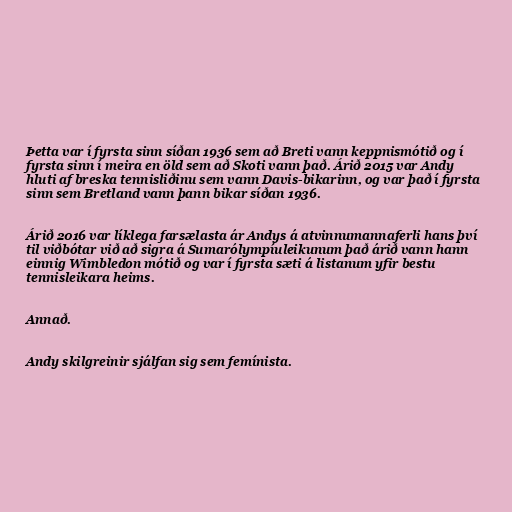
Þetta var í fyrsta sinn síðan 1936 sem að Breti vann keppnismótið og í
fyrsta sinn í meira en öld sem að Skoti vann það. Árið 2015 var Andy
hluti af breska tennisliðinu sem vann Davis-bikarinn, og var það í fyrsta
sinn sem Bretland vann þann bikar síðan 1936.

Árið 2016 var líklega farsælasta ár Andys á atvinnumannaferli hans því
til viðbótar við að sigra á Sumarólympíuleikunum það árið vann hann
einnig Wimbledon mótið og var í fyrsta sæti á listanum yfir bestu
tennisleikara heims.

Annað.

Andy skilgreinir sjálfan sig sem femínista.